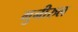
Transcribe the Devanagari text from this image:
मुनीरुल